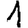
Digit: 1